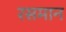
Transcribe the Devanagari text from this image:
रसमान